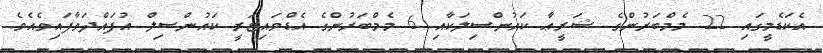
އެކަޑެމީގައި 22 މެމްބަރުންގެ ޝަރީޢާ ކައުންސިލަކާއި 6 މެމްބަރުންގެ އެޑްވައިޒަރީ ކައުންސިލް އުފައްދަވާފައިވެއެވެ.